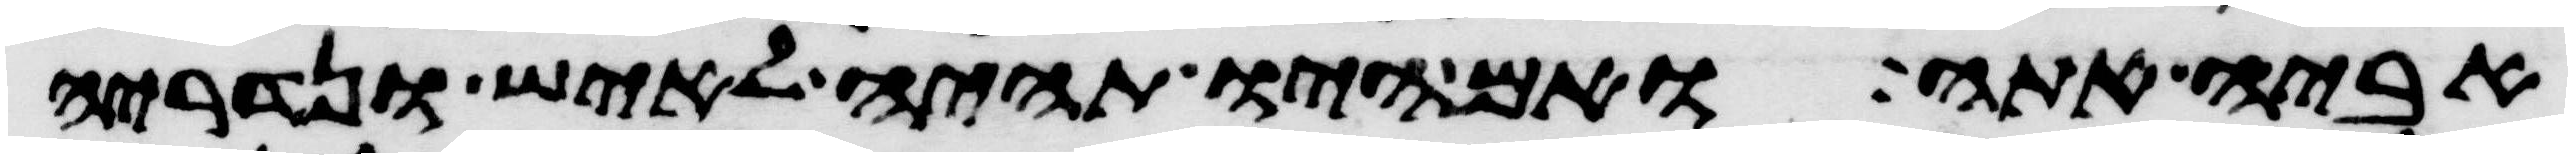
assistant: אביה אתה ואם היו תהיה לאיש ונדריה